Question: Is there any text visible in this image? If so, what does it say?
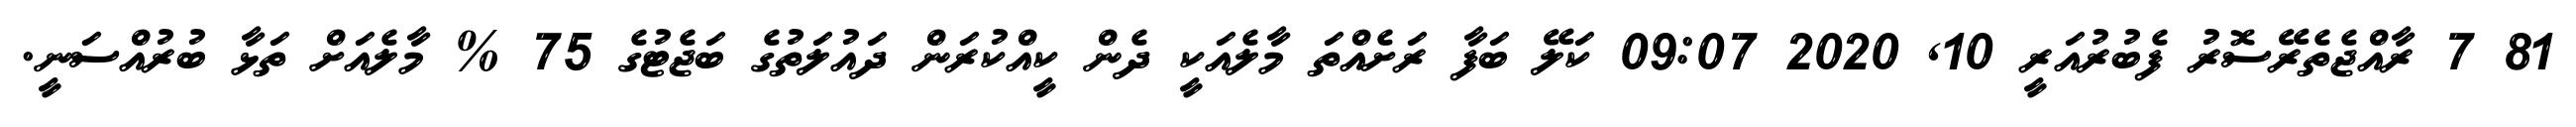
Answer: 81 7 ރާއްޖެތެރޭސޮރު ފެބުރުއަރީ 10, 2020 09:07 ކަލޭ ބަފާ ރަށެއްތަ މާލެއަކީ ދެން ކީއްކުރަން ދައުލަތުގެ ބަޖެޓުގެ 75 % މާލެއަށް ތަޅާ ބުރުއްސަނީ.